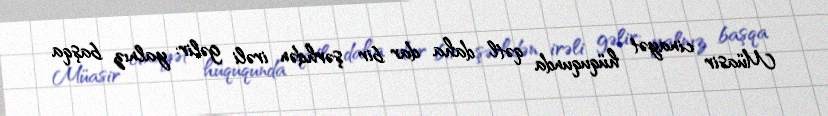
Müasir cinayət hüququnda qətl daha dar bir şərhdən irəli gəlir: yalnız başqa